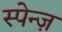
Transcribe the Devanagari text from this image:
स्पेन्ज़